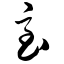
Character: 急